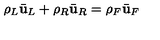
\rho _ { L } \bar { \bf u } _ { L } + \rho _ { R } \bar { \bf u } _ { R } = \rho _ { F } \bar { \bf u } _ { F }